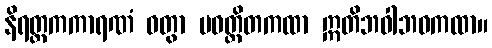
နိရတ္ထကကာရဏံ ဝတွာ ပဝတ္တိတကထာ ဣတိဘဝါဘဝကထာ။